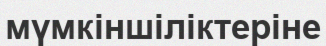
мүмкіншіліктеріне